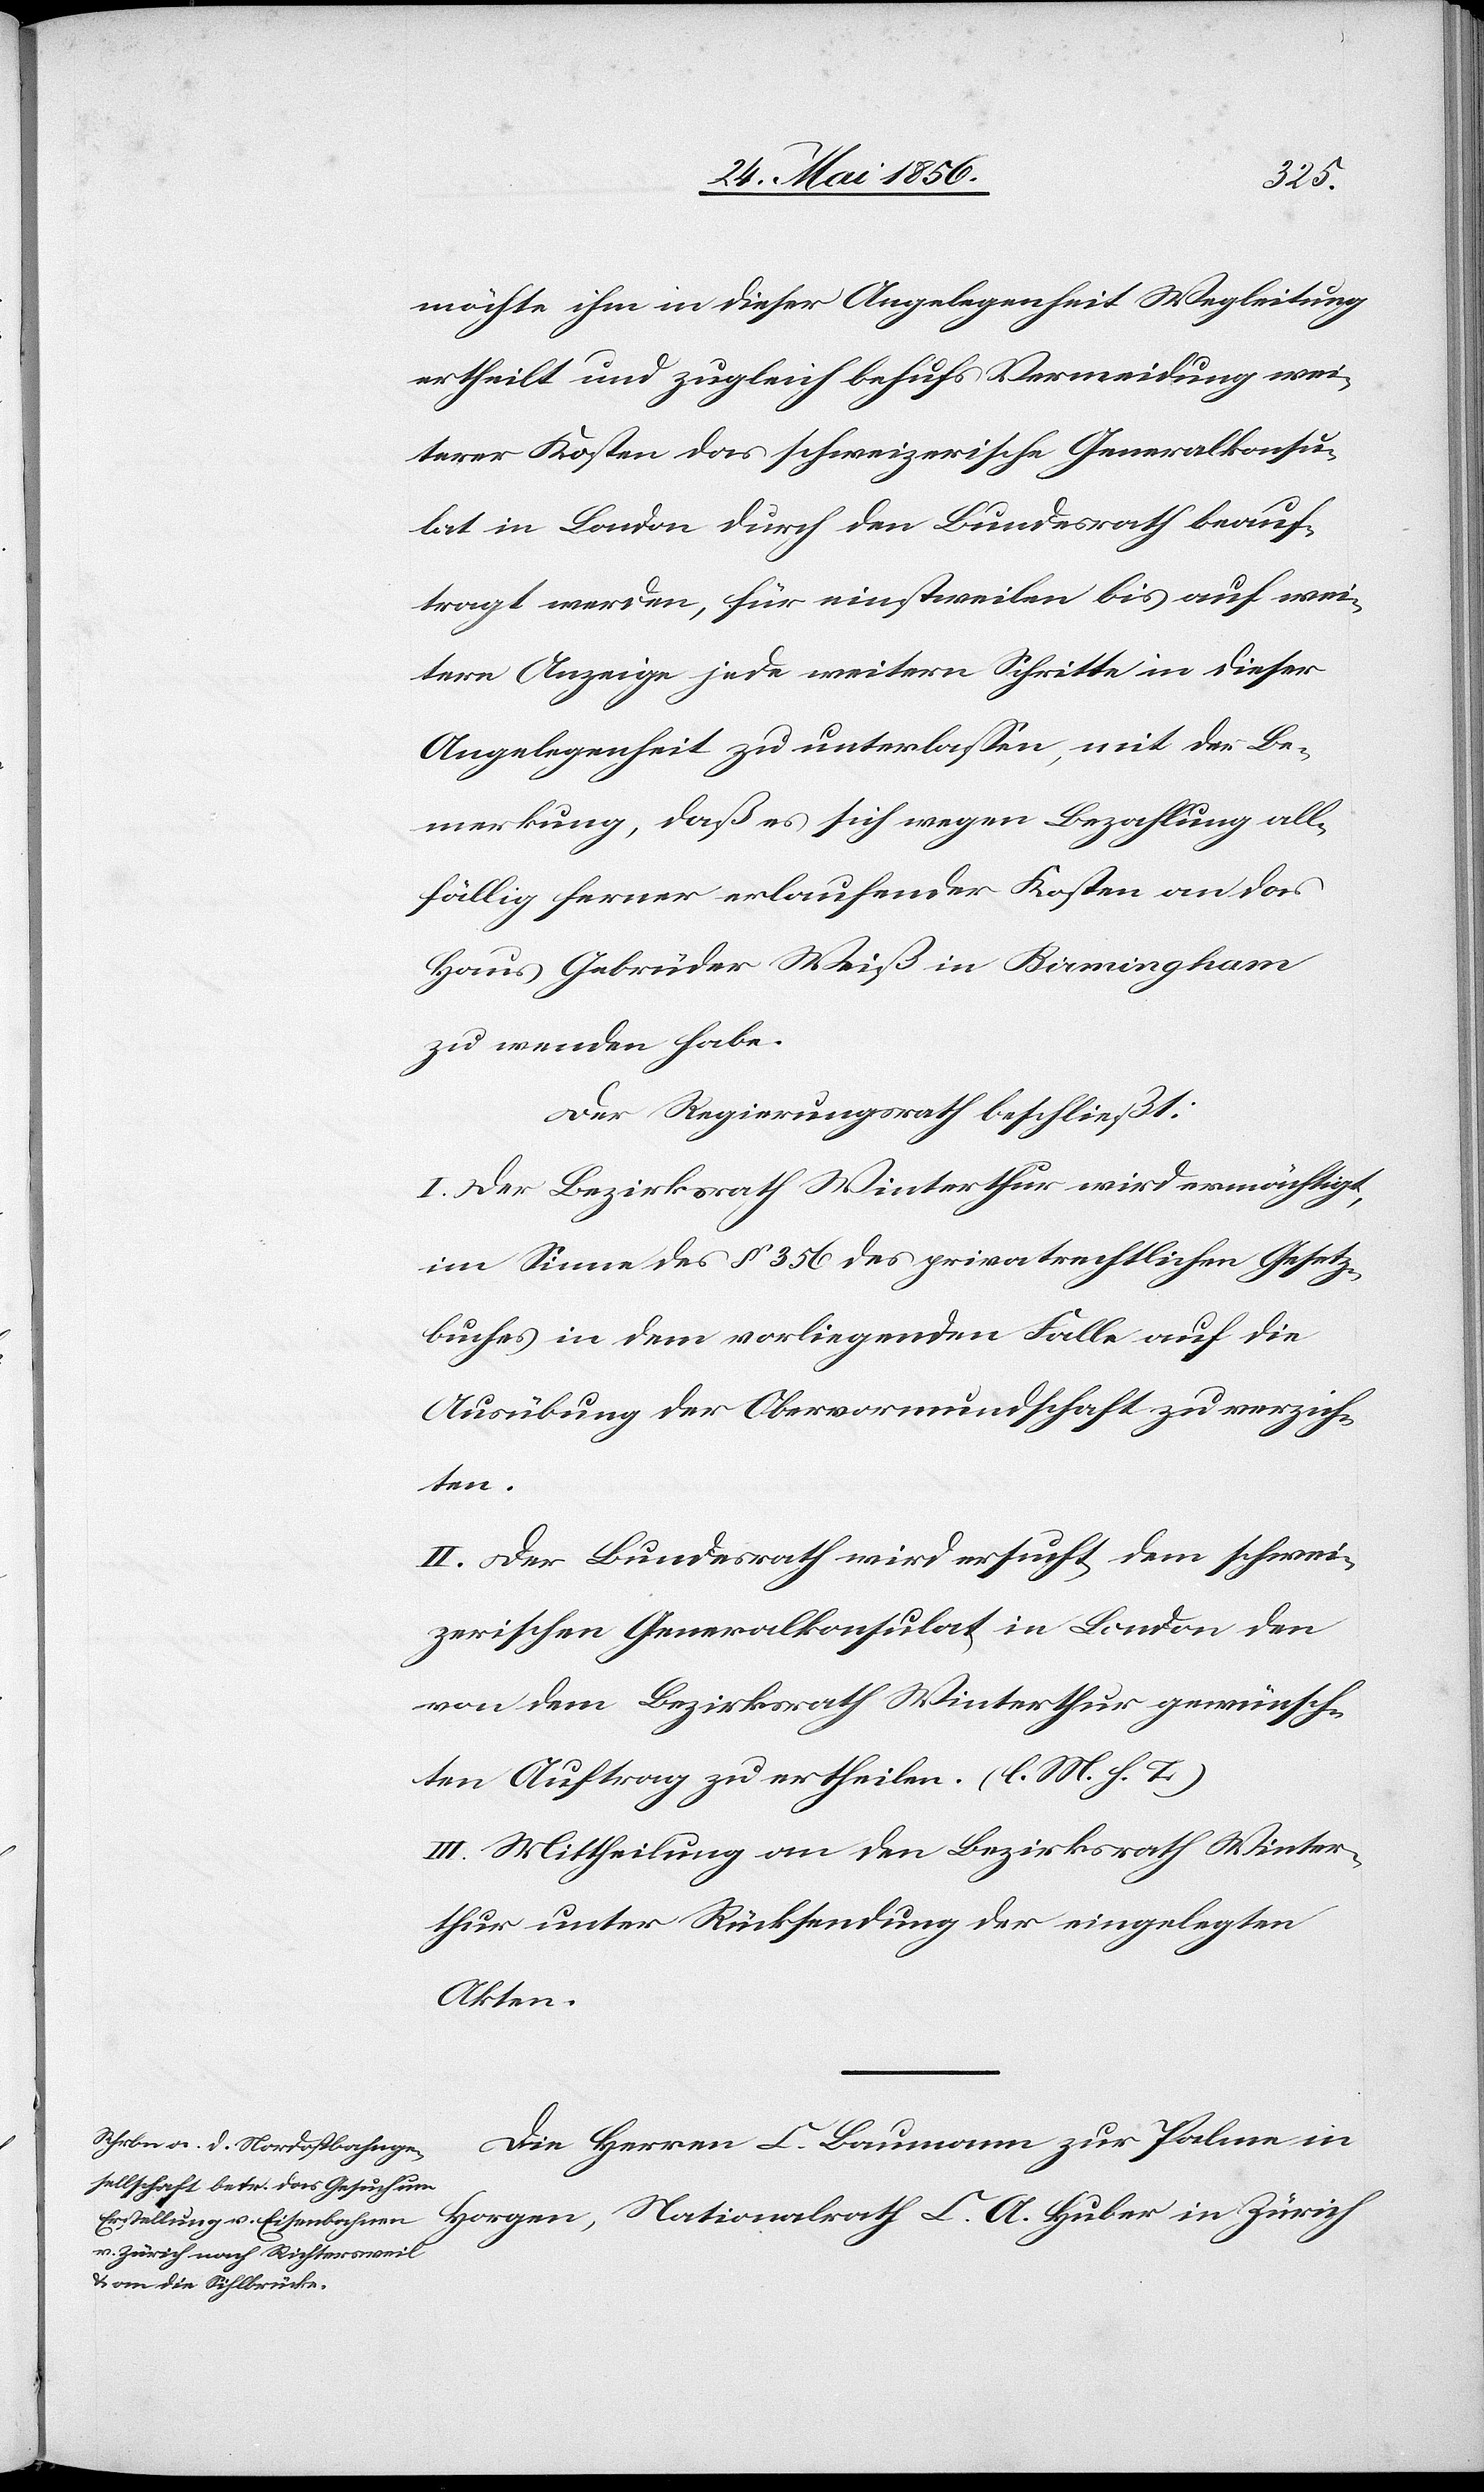
möchte ihm in dieser Angelegenheit Wegleitung
ertheilt und zugleich behufs Vermeidung wei¬
terer Kosten das schweizerischen Generalkonsu¬
lat in London durch den Bundesrath beauf¬
tragt werden, für einstweilen bis auf wei¬
tere Anzeige jede weitern Schritte in dieser
Angelegenheit zu unterlassen, mit der Be¬
merkung, daß es sich wegen Bezahlung all¬
fällig ferner erlaufender Kosten an das
Haus Gebrüder Weiß in Birmingham
zu wenden habe.
Der Regierungsrath beschließt:
I. Der Bezirksrath Winterthur wird ermächtigt.,
im Sinne des § 356 des privatrechtlichen Gesetz¬
buches in dem vorliegenden Falle auf die
Ausübung der Obervormundschaft zu verzich¬
ten.
II. Der Bundesrath wird ersucht, dem schwei¬
zerischen Generalkonsulat in London den
von dem Bezirksrath Winterthur gewünsch¬
ten Auftrag zu ertheilen. (l. M. h. T.)
III. Mittheilung an den Bezirksrath Winter¬
thur unter Rücksendung der eingelegten
Akten.
Die Herren L. Baumann zur Palme in
Horgen, Nationalrath C. A. Huber in Zürich